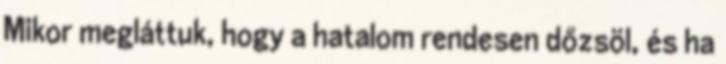
Mikor megláttuk, hogy a hatalom rendesen dőzsöl, és ha